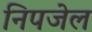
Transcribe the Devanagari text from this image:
निपजेल